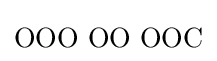
\mathrm {OOO\,\,OO\,\,OOC}